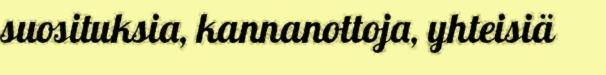
suosituksia, kannanottoja, yhteisiä